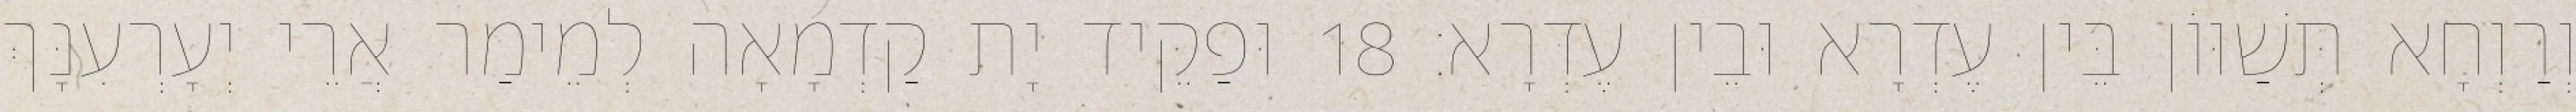
וְרַוְחָא תְּשַׁוּוֹן בֵּין עֶדְרָא וּבֵין עֶדְרָא׃ 18 וּפַקֵּיד יָת קַדְמָאָה לְמֵימַר אֲרֵי יְעָרְעִנָּךְ